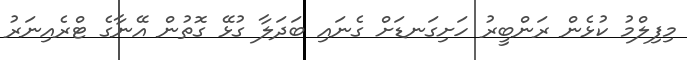
މިފިލްމު ކުޅެން ރަންބީރު ހަށިގަނޑަށް ގެނައި ބަދަލާ ގުޅޭ ގޮތުން އޭނާގެ ޓްރެއިނަރު